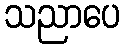
သညာပေ